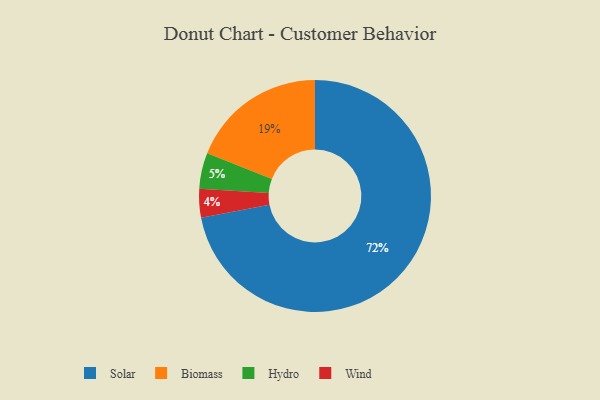
{"axis": {"x": "Category", "y": "Percentage"}, "legend": ["Biomass", "Hydro", "Solar", "Wind"], "data": [{"x": "Wind", "y": 4, "type": "Wind"}, {"x": "Solar", "y": 72, "type": "Solar"}, {"x": "Biomass", "y": 19, "type": "Biomass"}, {"x": "Hydro", "y": 5, "type": "Hydro"}]}